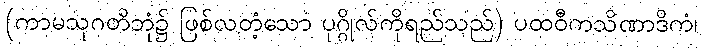
(ကာမသုဂတိဘုံ၌ ဖြစ်လတံ့သော ပုဂ္ဂိုလ်ကိုရည်သည်) ပထဝီကသိဏာဒိကံ၊